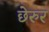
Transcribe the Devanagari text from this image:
छेरुर